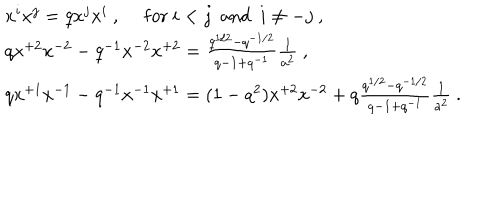
LaTeX: \begin{array} { l } { { x ^ { i } x ^ { j } = q x ^ { j } x ^ { i } ~ , ~ ~ \mathrm { f o r } ~ i < j ~ ~ \mathrm { a n d } ~ ~ i \not = - j ~ , } } \\ { { q x ^ { + 2 } x ^ { - 2 } - q ^ { - 1 } x ^ { - 2 } x ^ { + 2 } = \frac { q ^ { 1 / 2 } - q ^ { - 1 / 2 } } { q - 1 + q ^ { - 1 } } \frac { 1 } { a ^ { 2 } } ~ , } } \\ { { q x ^ { + 1 } x ^ { - 1 } - q ^ { - 1 } x ^ { - 1 } x ^ { + 1 } = ( 1 - q ^ { 2 } ) x ^ { + 2 } x ^ { - 2 } + q \frac { q ^ { 1 / 2 } - q ^ { - 1 / 2 } } { q - 1 + q ^ { - 1 } } \frac { 1 } { a ^ { 2 } } ~ . } } \\ \end{array}